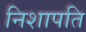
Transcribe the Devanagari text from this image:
निशापति